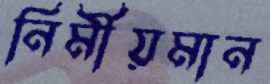
নির্মীয়মান